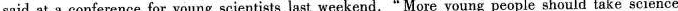
said at a conference for young scientists lasi weekend." More young people should take seience